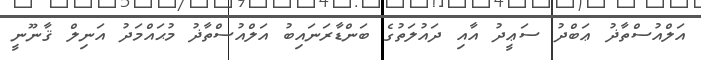
އަލްއުސްތާޛު ޢަބްދު ސަޢީދު އާއި ދައުލަތުގެ ބަންޑާރަނައިބު އަލްއުސްތާޛު މުޙައްމަދު އަނިލް ޤާނޫނީ